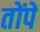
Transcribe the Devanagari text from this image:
तोंपें